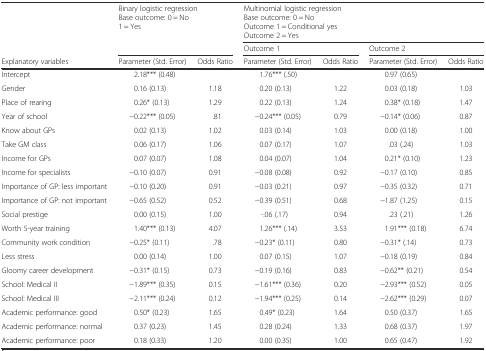
<table><thead><tr><td rowspan="2"></td><td rowspan="2" colspan="2"><b>Binary logistic regressionBase outcome: 0 = No1 = Yes</b></td><td colspan="4"><b>Multinomial logistic regressionBase outcome: 0 = NoOutcome 1 = Conditional yesOutcome 2 = Yes</b></td></tr><tr><td colspan="2"><b>Outcome 1</b></td><td colspan="2"><b>Outcome 2</b></td></tr><tr><td><b>Explanatory variables</b></td><td><b>Parameter (Std. Error)</b></td><td><b>Odds Ratio</b></td><td><b>Parameter (Std. Error)</b></td><td><b>Odds Ratio</b></td><td><b>Parameter (Std. Error)</b></td><td><b>Odds Ratio</b></td></tr></thead><tbody><tr><td>Intercept</td><td>2.18*** (0.48)</td><td></td><td>1.76*** (.50)</td><td></td><td>0.97 (0.65)</td><td></td></tr><tr><td>Gender</td><td>0.16 (0.13)</td><td>1.18</td><td>0.20 (0.13)</td><td>1.22</td><td>0.03 (0.18)</td><td>1.03</td></tr><tr><td>Place of rearing</td><td>0.26* (0.13)</td><td>1.29</td><td>0.22 (0.13)</td><td>1.24</td><td>0.38* (0.18)</td><td>1.47</td></tr><tr><td>Year of school</td><td>−0.22*** (0.05)</td><td>.81</td><td>−0.24*** (0.05)</td><td>0.79</td><td>−0.14* (0.06)</td><td>0.87</td></tr><tr><td>Know about GPs</td><td>0.02 (0.13)</td><td>1.02</td><td>0.03 (0.14)</td><td>1.03</td><td>0.00 (0.18)</td><td>1.00</td></tr><tr><td>Take GM class</td><td>0.06 (0.17)</td><td>1.06</td><td>0.07 (0.17)</td><td>1.07</td><td>.03 (.24)</td><td>1.03</td></tr><tr><td>Income for GPs</td><td>0.07 (0.07)</td><td>1.08</td><td>0.04 (0.07)</td><td>1.04</td><td>0.21* (0.10)</td><td>1.23</td></tr><tr><td>Income for specialists</td><td>−0.10 (0.07)</td><td>0.91</td><td>−0.08 (0.08)</td><td>0.92</td><td>−0.17 (0.10)</td><td>0.85</td></tr><tr><td>Importance of GP: less important</td><td>−0.10 (0.20)</td><td>0.91</td><td>−0.03 (0.21)</td><td>0.97</td><td>−0.35 (0.32)</td><td>0.71</td></tr><tr><td>Importance of GP: not important</td><td>−0.65 (0.52)</td><td>0.52</td><td>−0.39 (0.51)</td><td>0.68</td><td>−1.87 (1.25)</td><td>0.15</td></tr><tr><td>Social prestige</td><td>0.00 (0.15)</td><td>1.00</td><td>-.06 (.17)</td><td>0.94</td><td>.23 (.21)</td><td>1.26</td></tr><tr><td>Worth 5-year training</td><td>1.40*** (0.13)</td><td>4.07</td><td>1.26*** (.14)</td><td>3.53</td><td>1.91*** (0.18)</td><td>6.74</td></tr><tr><td>Community work condition</td><td>−0.25* (0.11)</td><td>.78</td><td>−0.23* (0.11)</td><td>0.80</td><td>−0.31* (.14)</td><td>0.73</td></tr><tr><td>Less stress</td><td>0.00 (0.14)</td><td>1.00</td><td>0.07 (0.15)</td><td>1.07</td><td>−0.18 (0.19)</td><td>0.84</td></tr><tr><td>Gloomy career development</td><td>−0.31* (0.15)</td><td>0.73</td><td>−0.19 (0.16)</td><td>0.83</td><td>−0.62** (0.21)</td><td>0.54</td></tr><tr><td>School: Medical II</td><td>−1.89*** (0.35)</td><td>0.15</td><td>−1.61*** (0.36)</td><td>0.20</td><td>−2.93*** (0.52)</td><td>0.05</td></tr><tr><td>School: Medical III</td><td>−2.11*** (0.24)</td><td>0.12</td><td>−1.94*** (0.25)</td><td>0.14</td><td>−2.62*** (0.29)</td><td>0.07</td></tr><tr><td>Academic performance: good</td><td>0.50* (0.23)</td><td>1.65</td><td>0.49* (0.23)</td><td>1.64</td><td>0.50 (0.37)</td><td>1.65</td></tr><tr><td>Academic performance: normal</td><td>0.37 (0.23)</td><td>1.45</td><td>0.28 (0.24)</td><td>1.33</td><td>0.68 (0.37)</td><td>1.97</td></tr><tr><td>Academic performance: poor</td><td>0.18 (0.33)</td><td>1.20</td><td>0.00 (0.35)</td><td>1.00</td><td>0.65 (0.47)</td><td>1.92</td></tr></tbody></table>